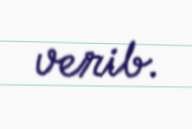
verib.